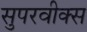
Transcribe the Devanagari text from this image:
सुपरवीक्स